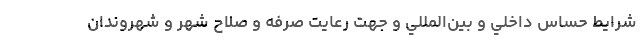
شرايط حساس داخلي و بين‌المللي و جهت رعايت صرفه و صلاح شهر و شهروندان